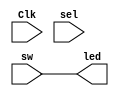
`timescale 1ns / 1ps
//////////////////////////////////////////////////////////////////////////////////
// Company: 
// Engineer: 
// 
// Design Name: 
// Module Name: v7_1
// Project Name: 
// Target Devices: 
// Tool Versions: 
// Description: 
// 
// Dependencies: 
// 
// Revision:
// Revision 0.01 - File Created
// Additional Comments:
// 
//////////////////////////////////////////////////////////////////////////////////


module v7_1(
    input [7:0] sw,
    output reg [7:0] led,
    input Clk,
    input sel
    );
reg [7:0] temp;
always @(Clk, sel)
begin
    if(Clk)
       temp = sw;    
	if(sel)
	   led = temp;
	else
	   led = sw;
end
endmodule